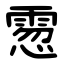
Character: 䨚